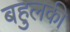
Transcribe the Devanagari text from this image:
बहुलकी